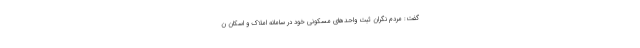
گفت: مردم نگران ثبت واحد‌های مسکونی خود در سامانه املاک و اسکان ن